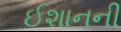
ઈશાનની